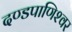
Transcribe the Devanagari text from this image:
दण्‍डपाणिश्‍वर